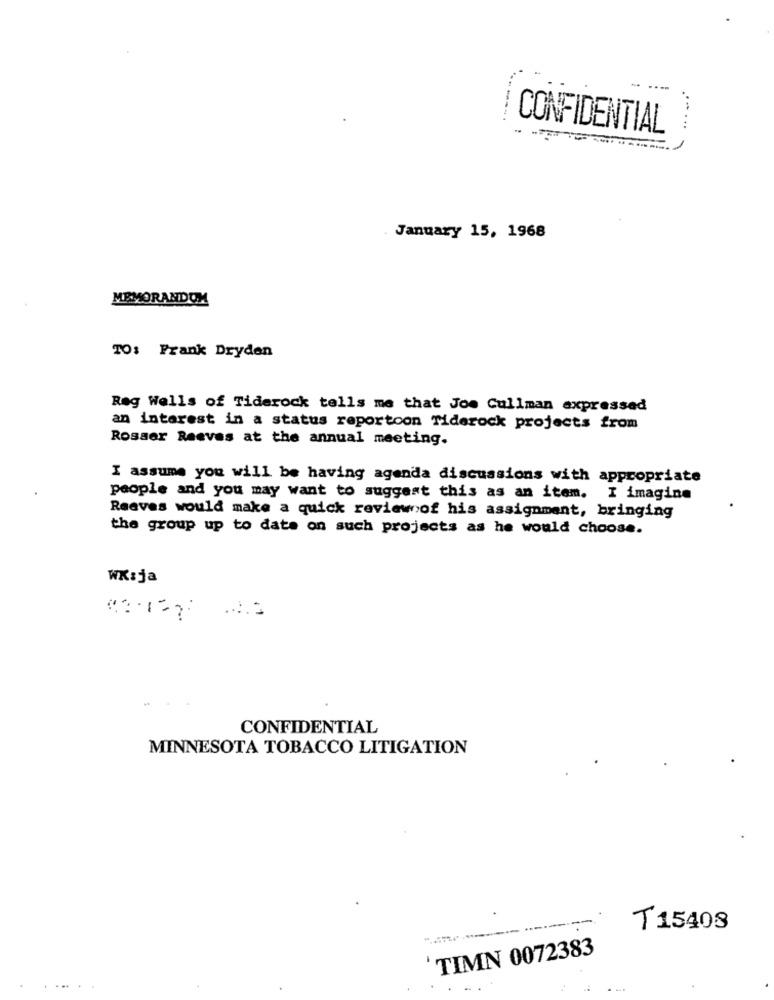
CONFIDENTIAL
...
January 15, 1968
MEMORANDOM
TO: Frank Dryden
Rag Wells of Tiderock tells me that Joe Cullman expressed
an interest in a status reportoon Tiderock projects from
Rosaer Reeves at the annual meeting.
I assume you will be having agenda discussions with appropriate
people and you may want to suggest this as an item. I imagine
Reeves would make a quick review of his assignment, bringing
the group up to date on such projects as he would choose.
WK:ja
CONFIDENTIAL
MINNESOTA TOBACCO LITIGATION
T 15408
TIMN 0072383